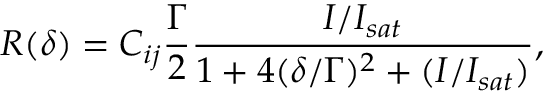
R ( \delta ) = C _ { i j } \frac { \Gamma } { 2 } \frac { I / I _ { s a t } } { 1 + 4 ( \delta / \Gamma ) ^ { 2 } + ( I / I _ { s a t } ) } ,